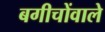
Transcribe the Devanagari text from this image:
बगीचोंवाले